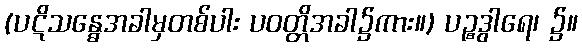
(ပဋိသန္ဓေအခါမှတစ်ပါး ပဝတ္တိအခါ၌ကား။) ပဉ္စဒွါရေ၊ ၌။